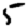
Digit: 5